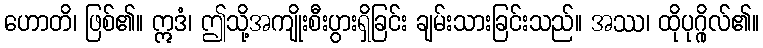
ဟောတိ၊ ဖြစ်၏။ ဣဒံ၊ ဤသို့အကျိုးစီးပွားရှိခြင်း ချမ်းသားခြင်းသည်။ အဿ၊ ထိုပုဂ္ဂိုလ်၏။